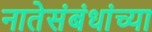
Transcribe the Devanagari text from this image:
नातेसंबंधांच्या